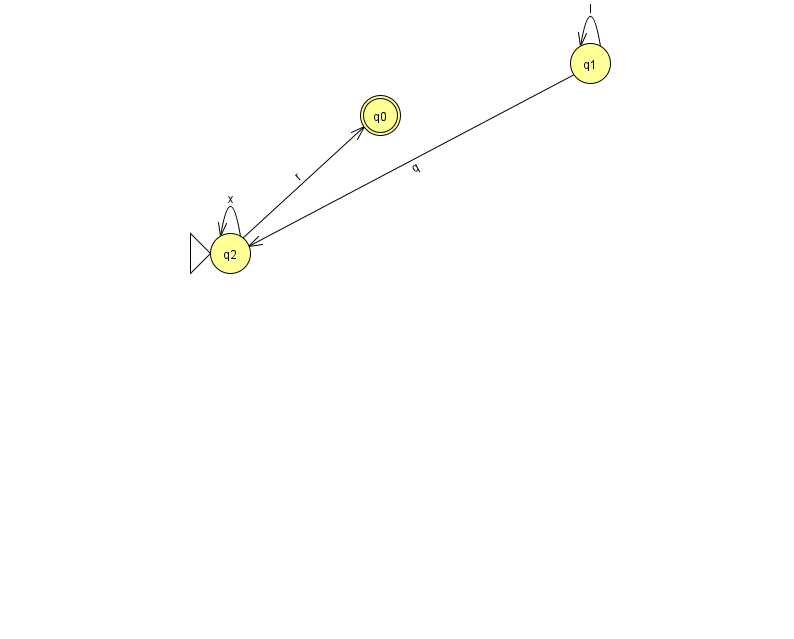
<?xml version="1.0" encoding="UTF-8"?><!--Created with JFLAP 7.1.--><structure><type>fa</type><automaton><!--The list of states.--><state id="0" name="q0"><x>380.0</x><y>102.0</y><final/></state><state id="1" name="q1"><x>590.0</x><y>50.0</y></state><state id="2" name="q2"><x>230.0</x><y>240.0</y><initial/></state><!--The list of transitions.--><transition><from>2</from><to>2</to><read>x</read></transition><transition><from>1</from><to>1</to><read>I</read></transition><transition><from>1</from><to>2</to><read>q</read></transition><transition><from>2</from><to>0</to><read>r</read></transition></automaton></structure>